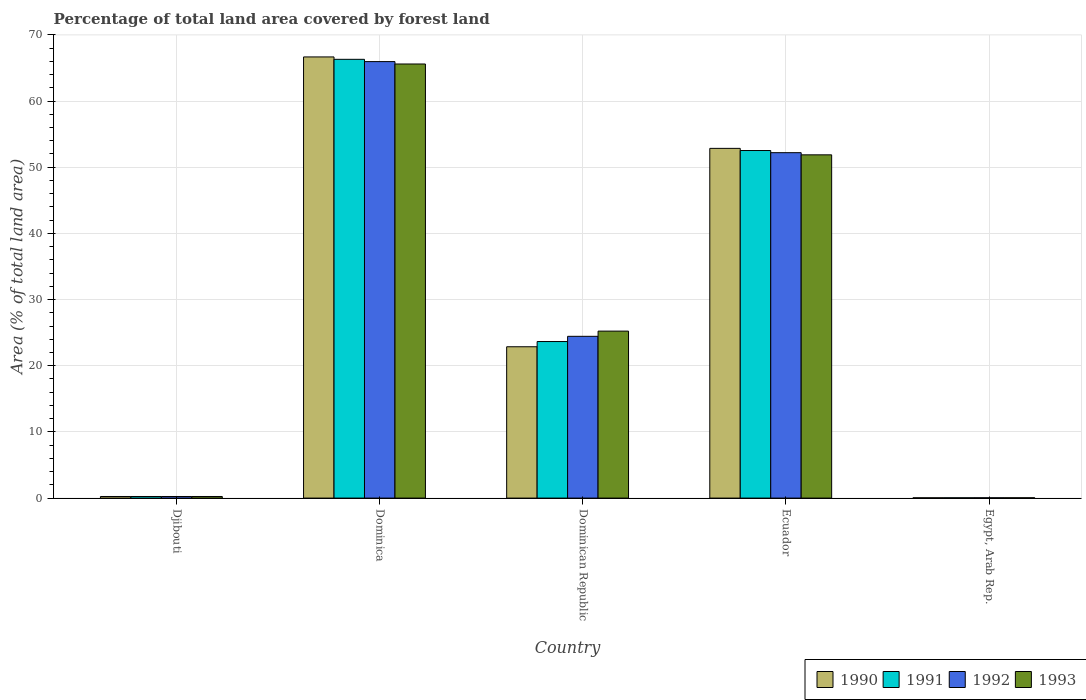
| Country | 1990 | 1991 | 1992 | 1993 |
 | --- | --- | --- | --- | --- |
 | Djibouti | 0.242 | 0.242 | 0.242 | 0.242 |
 | Dominica | 66.7 | 66.3 | 66 | 65.6 |
 | Dominican Republic | 22.9 | 23.7 | 24.4 | 25.2 |
 | Ecuador | 52.8 | 52.5 | 52.2 | 51.9 |
 | Egypt, Arab Rep. | 0.0442 | 0.0457 | 0.0472 | 0.0487 |